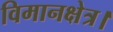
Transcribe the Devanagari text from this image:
विमानक्षेत्र।